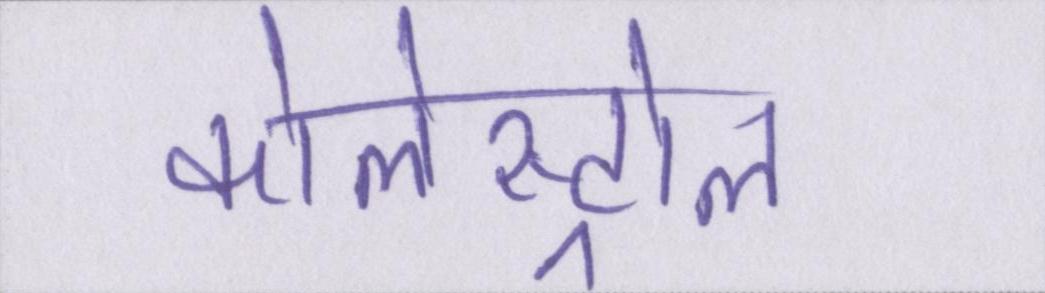
कोलेस्ट्रोल